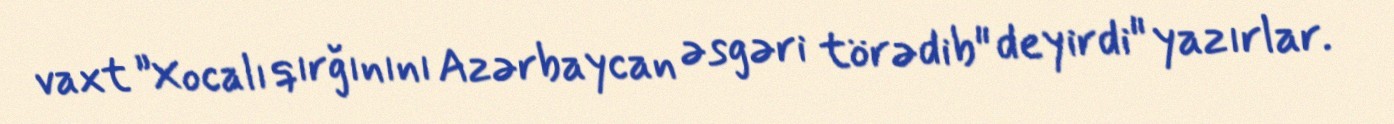
vaxt ”Xocalı qırğınını Azərbaycan əsgəri törədib" deyirdi" yazırlar.